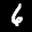
Label: 6